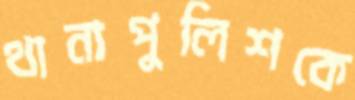
থানাপুলিশকে